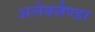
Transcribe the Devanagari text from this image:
अलेक्जैण्डर